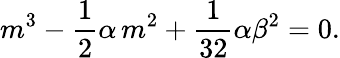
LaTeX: m^{3}-\frac{1}{2}\alpha\, m^{2}+\frac{1}{32}\alpha\beta^{2}=0.